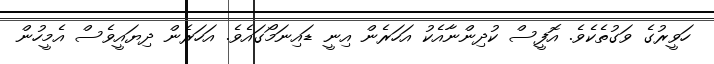
ހަވީރުގެ ވަގުތެކެވެ. އޮފީސް ކުދިންނާއެކު އަހަރެން އިނީ ޑައިނަމޯގައެވެ. އަހަރެން ދިޔައީވެސް އެމީހުން